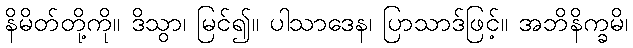
နိမိတ်တို့ကို။ ဒိသွာ၊ မြင်၍။ ပါသာဒေန၊ ပြာသာဒ်ဖြင့်။ အဘိနိက္ခမိ၊